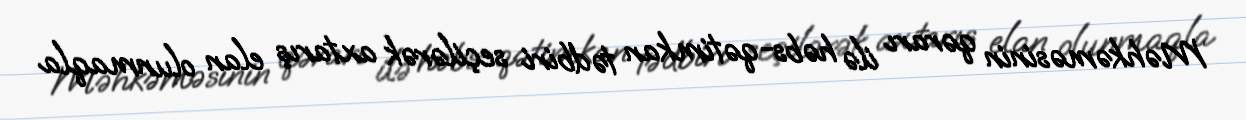
Məhkəməsinin qərarı ilə həbs-qətimkan tədbiri seçilərək axtarış elan olunmaqla